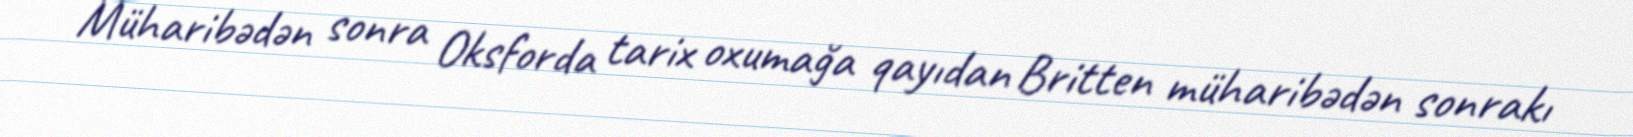
Müharibədən sonra Oksforda tarix oxumağa qayıdan Britten müharibədən sonrakı